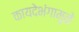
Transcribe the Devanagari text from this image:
कायदेभंगामुळे